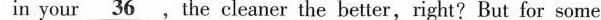
in your \underline{36} , the cleaner the better, right? But for some